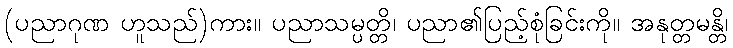
(ပညာဂုဏ ဟူသည်)ကား။ ပညာသမ္ပတ္တိ၊ ပညာ၏ပြည့်စုံခြင်းကို။ အနုတ္တမန္တိ၊